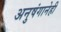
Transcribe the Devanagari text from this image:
अनुषंगानेही